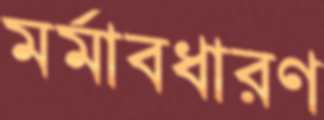
মর্মাবধারণ